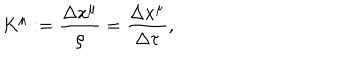
LaTeX: K ^ { \mu } : = \frac { \Delta x ^ { \mu } } { \rho } = \frac { \Delta x ^ { \mu } } { \Delta \tau } ,